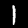
Digit: 1